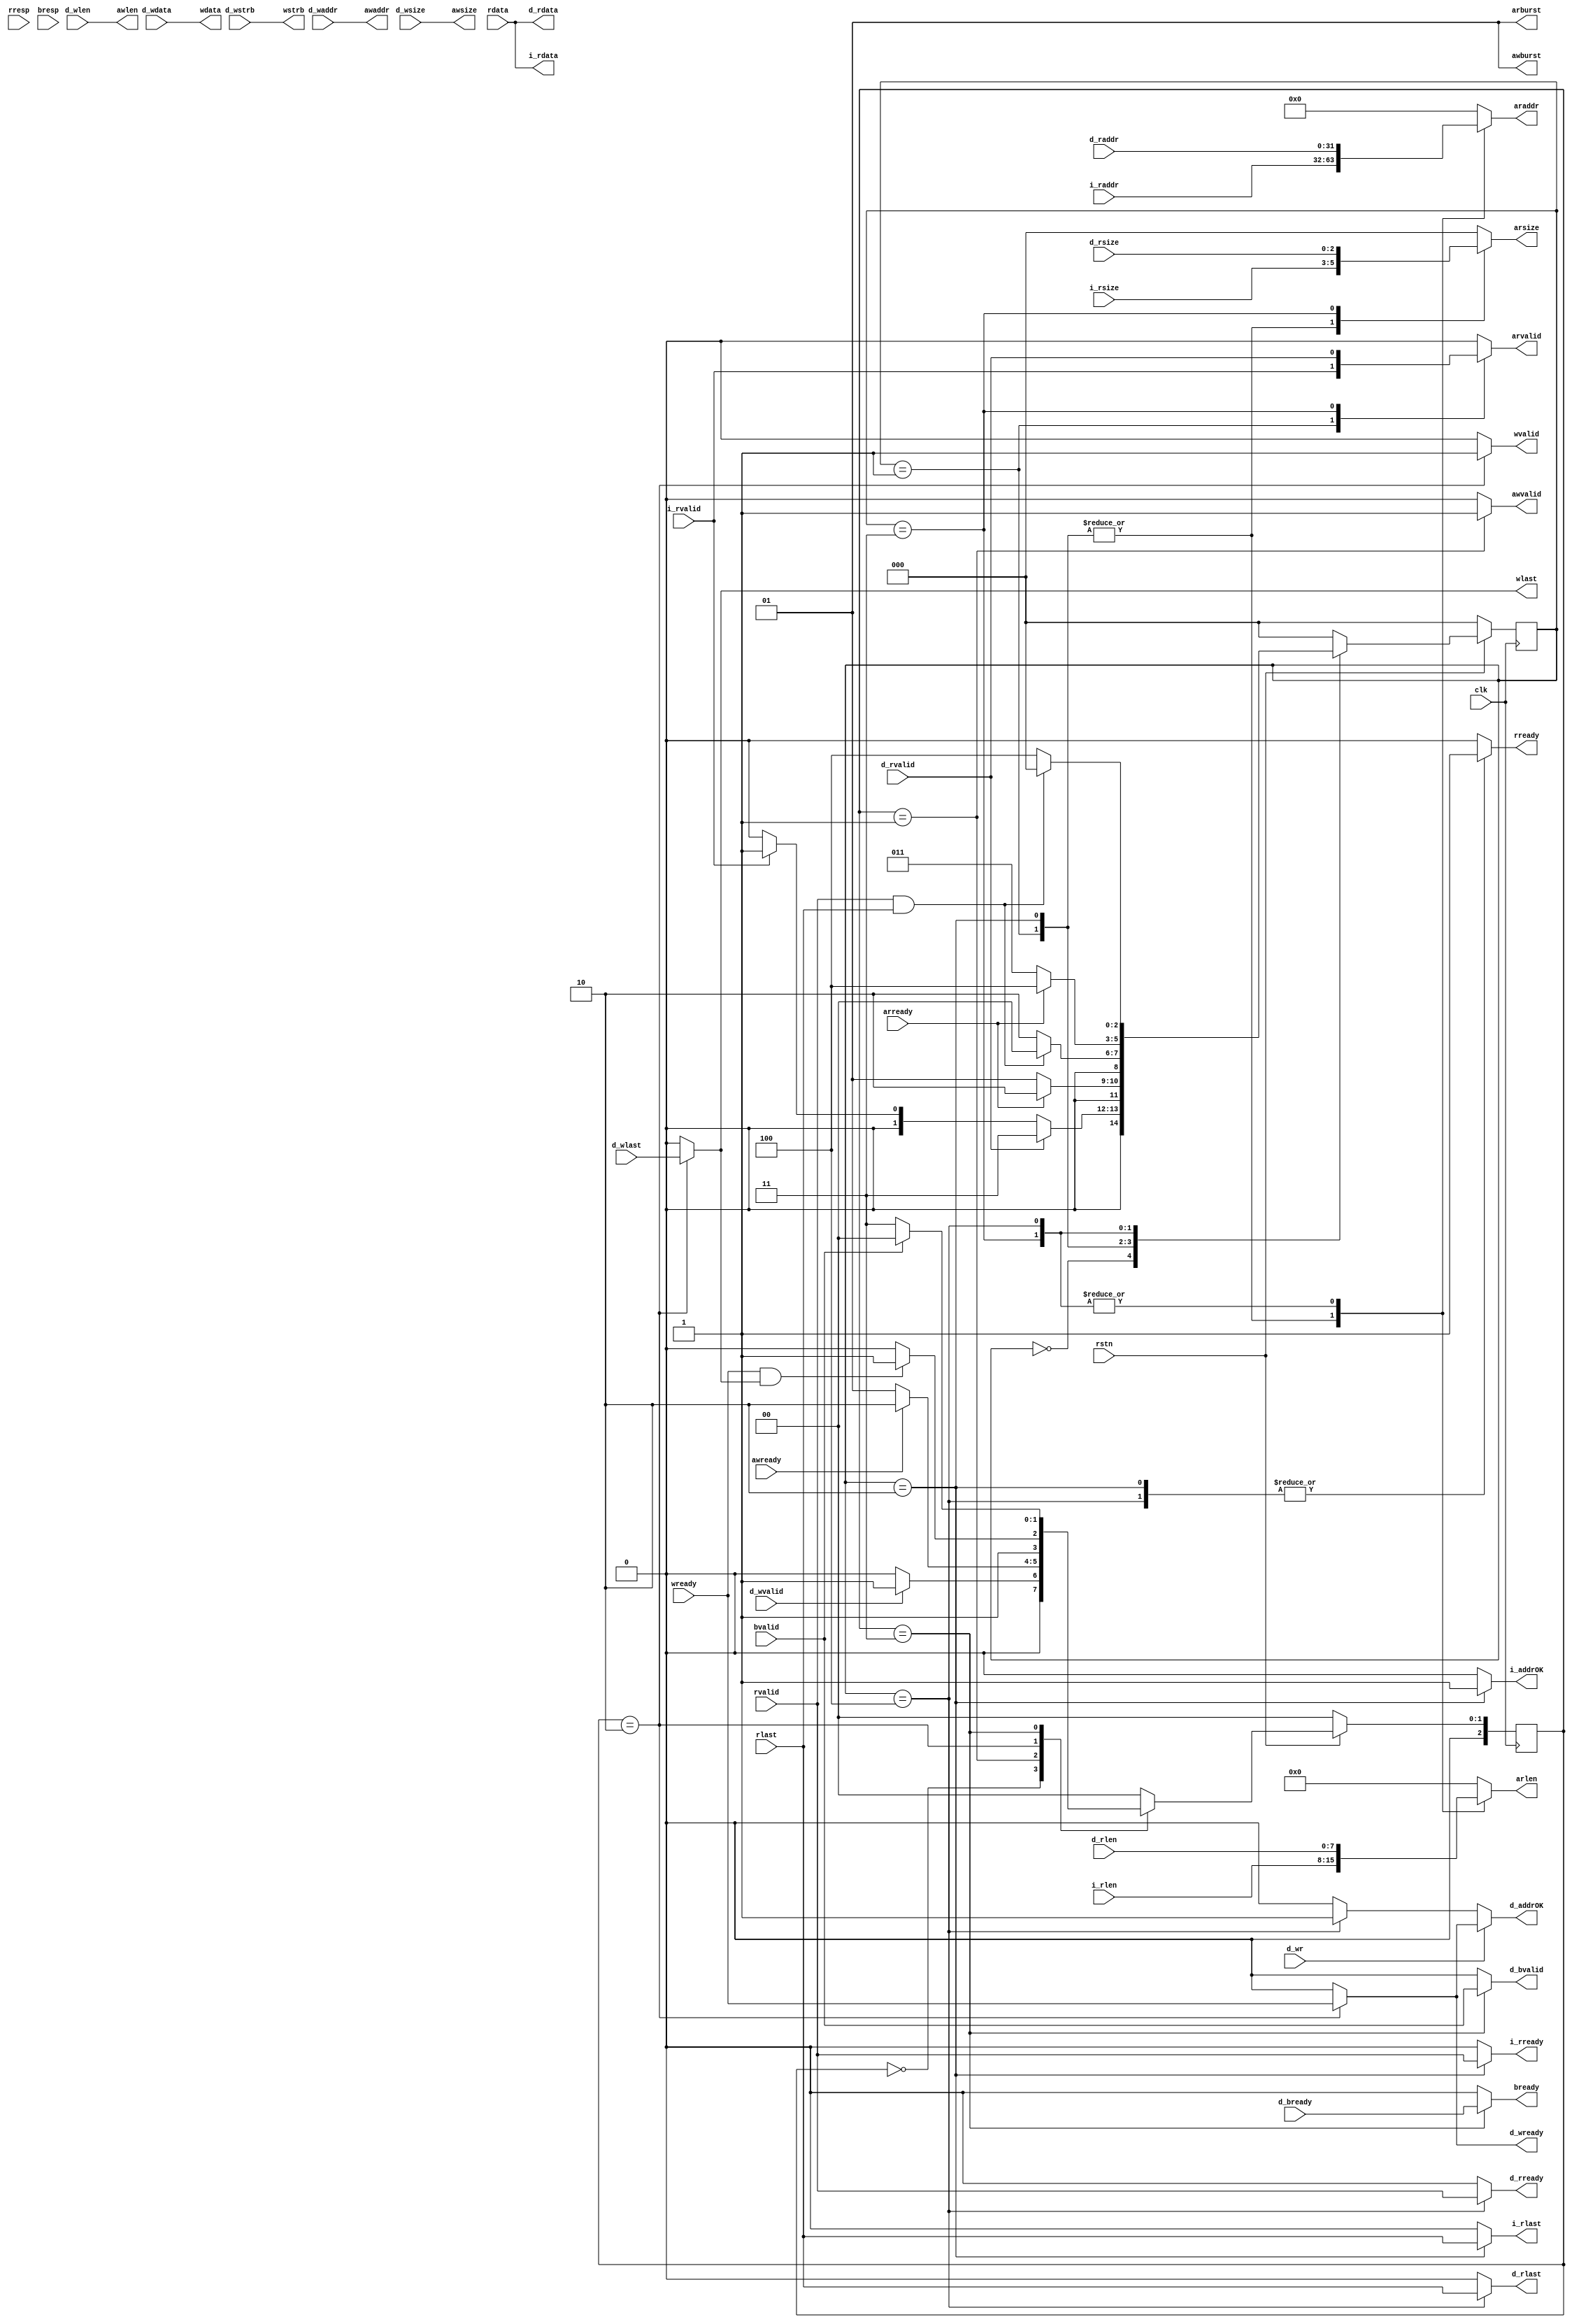

///L1cachearbiter
///L1cache
///1. ReturnBufferWriteBuffersize=2,len=3,last
///2. addrOK
///3. WriteBufferbyte
module axi_arbiter(
    input               clk,
    input               rstn,
    // from icache
    input               i_rvalid,   //ar: i->arbiter:req
    output reg          i_addrOK,   //arbiter->d:addrOK
    output reg          i_rready,   //r: arbiter->i:dataOK
    input [31:0]        i_raddr,
    output[31:0]        i_rdata,
    output reg          i_rlast,
    input [2:0]         i_rsize,
    input [7:0]         i_rlen,
    // from dcache
    input               d_wr,
    input               d_rvalid,   //ar: d->arbiter:req
    output              d_addrOK,   //arbiter->d:addrOK
    output reg          d_rready,   //r: arbiter->d:dataOK
    input [31:0]        d_raddr,
    output [31:0]       d_rdata,
    output reg          d_rlast,
    input [2:0]         d_rsize,
    input [7:0]         d_rlen,

    input               d_wvalid,   //aw: d->arbiter:req
    output reg          d_wready,   //w: arbiter->d:
    input [31:0]        d_waddr,
    input [31:0]        d_wdata,
    input [3:0]         d_wstrb,
    input               d_wlast,
    input [2:0]         d_wsize,
    input [7:0]         d_wlen,

    output reg          d_bvalid,   //b: arbiter->d:dataOK
    input               d_bready,   //b: d->arbiter:req
    // from AXI 
    // AR
    output reg [31:0]   araddr,
    output reg          arvalid,    //ar: arbiter->axi
    input               arready,    //ar: axi->arbiter
    output reg [7:0]    arlen,
    output reg [2:0]    arsize,
    output [1:0]        arburst,

    // R
    input [31:0]        rdata,
    input [1:0]         rresp,
    input               rvalid,     //r: axi->arbiter
    output reg          rready,     //r: arbiter->axi
    input               rlast,

    // AW
    output [31:0]       awaddr,
    output reg          awvalid,    //aw: arbiter->axi
    input               awready,    //aw: axi->arbiter
    output [7:0]        awlen,
    output [2:0]        awsize,
    output [1:0]        awburst,

    // W
    output [31:0]       wdata,
    output [3:0]        wstrb,
    output reg          wvalid,     //w: arbiter->axi
    input               wready,     //w: axi->arbiter
    output reg          wlast,

    // B
    input [1:0]         bresp,
    input               bvalid,     //b: axi->arbiter
    output reg          bready      //b: arbiter->axi
);
    reg d_raddrOK;
    reg d_waddrOK;
    
    assign d_addrOK=d_wr?d_waddrOK:d_raddrOK;

    localparam 
        R_IDLE  = 3'd0,
        I_AR    = 3'd1,
        I_R     = 3'd2,
        D_AR    = 3'd3,
        D_R     = 3'd4;
    reg [2:0] r_crt, r_nxt;
    always @(posedge clk) begin
        if(!rstn) begin
            r_crt <= R_IDLE;
        end else begin
            r_crt <= r_nxt;
        end
    end
    always @(*) begin
        case(r_crt)
        R_IDLE: begin
            if(d_rvalid)            r_nxt = D_AR;   //Dcache
            else if(i_rvalid)       r_nxt = I_AR;
            else                    r_nxt = R_IDLE;
        end
        I_AR: begin
            if(arready)             r_nxt = I_R;
            else                    r_nxt = I_AR;
        end
        I_R: begin
            if(rvalid && rlast)     r_nxt = R_IDLE;
            else                    r_nxt = I_R;
        end
        D_AR: begin
            if(arready)             r_nxt = D_R;
            else                    r_nxt = D_AR;
        end
        D_R: begin
            if(rvalid && rlast)     r_nxt = R_IDLE;
            else                    r_nxt = D_R;
        end
        default :                   r_nxt = R_IDLE;    
        endcase
    end
    
    assign i_rdata = rdata;
    assign d_rdata = rdata;
    assign arburst = 2'b01;

    always @(*) begin
        i_rready    = 0;
        i_rlast     = 0;
        d_rready    = 0;
        d_rlast     = 0;
        arlen       = 0;
        arsize      = 0;
        arvalid     = 0;
        araddr      = 0;
        rready      = 0;
        i_addrOK    = 0;
        d_raddrOK   = 0;
        case(r_crt) 
        I_AR: begin
            araddr      = i_raddr;
            arvalid     = i_rvalid;
            arlen       = i_rlen;
            arsize      = i_rsize;
        end
        I_R: begin
            araddr      = i_raddr;
            arlen       = i_rlen;
            arsize      = i_rsize;
            rready      = 1;
            i_rready    = rvalid;
            i_rlast     = rlast;
            i_addrOK    = 1;
        end
        D_AR: begin
            araddr      = d_raddr;
            arvalid     = d_rvalid;
            arlen       = d_rlen;
            arsize      = d_rsize;
        end
        D_R: begin
            araddr      = d_raddr;
            rready      = 1;
            d_rready    = rvalid;
            d_rlast     = rlast;
            d_raddrOK   = 1;
            arlen       = d_rlen;
        end
        default:;
        endcase
    end

    localparam 
        W_IDLE  = 3'd0,
        D_AW    = 3'd1,
        D_W     = 3'd2,
        D_B     = 3'd3;
    reg [2:0] w_crt, w_nxt;
    always @(posedge clk) begin
        if(!rstn) begin
            w_crt <= W_IDLE;
        end else begin
            w_crt <= w_nxt;
        end
    end
    always @(*) begin
        case(w_crt)
        W_IDLE: begin
            if(d_wvalid)            w_nxt = D_AW;
            else                    w_nxt = W_IDLE;
        end
        D_AW: begin
            if(awready)             w_nxt = D_W;
            else                    w_nxt = D_AW;
        end
        D_W: begin
            if(wready && wlast)     w_nxt = D_B;
            else                    w_nxt = D_W;
        end
        D_B: begin
            if(bvalid)              w_nxt = W_IDLE;
            else                    w_nxt = D_B;
        end
        default :                   w_nxt = W_IDLE;    
        endcase
    end
    assign awaddr   = d_waddr;
    assign awlen    = d_wlen;
    assign awsize   = d_wsize;
    assign awburst  = 2'b01;
    assign wdata    = d_wdata;
    assign wstrb    = d_wstrb;

    always @(*) begin
        d_wready    = 0;
        d_bvalid    = 0;
        bready      = 0;
        awvalid     = 0;
        wvalid      = 0;
        wlast       = 0;
        d_waddrOK   = 0;

        case(w_crt)
        D_AW: begin
            awvalid     = 1;
        end
        D_W: begin
            wvalid      = 1;
            wlast       = d_wlast;
            d_wready    = wready;
            d_waddrOK   = wready;
        end
        D_B: begin
            bready      = d_bready;
            d_bvalid    = bvalid;
        end
        default:;
        endcase
    end


endmodule